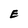
Character: E